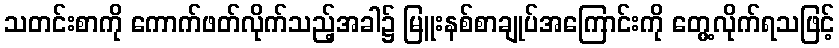
သတင်းစာကို ကောက်ဖတ်လိုက်သည့်အခါ၌ မြူးနစ်စာချုပ်အကြောင်းကို တွေ့လိုက်ရသဖြင့်